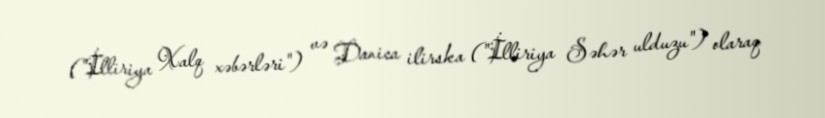
("İlliriya Xalq xəbərləri") və Danica ilirska ("İlliriya Səhər ulduzu") olaraq